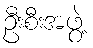
ဦးစီးအဖွဲ့